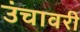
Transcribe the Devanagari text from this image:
उंचावरी